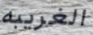
الغريبه